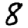
Digit: 8